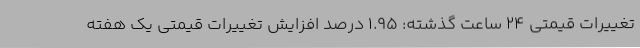
تغییرات قیمتی ۲۴ ساعت گذشته: ۱.۹۵ درصد افزایش تغییرات قیمتی یک هفته